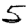
Digit: 5